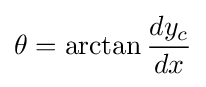
\theta =\arctan {\frac {dy_{c}}{dx}}